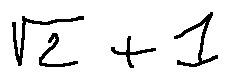
\sqrt { 2 } + 1